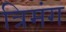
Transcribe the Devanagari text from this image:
त्रिमंग